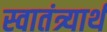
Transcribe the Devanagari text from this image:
स्वातंत्र्यार्थ